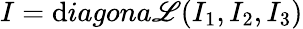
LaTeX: I=\mathrm{d}iagona\mathscr{L}(I_{1},I_{2},I_{3})